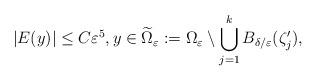
LaTeX: \begin{align*}|E(y)|\leq C \varepsilon^5,y \in \widetilde \Omega_\varepsilon := \Omega_\varepsilon \setminus \bigcup_{j=1}^k B_{\delta/\varepsilon}(\zeta_j') ,\end{align*}